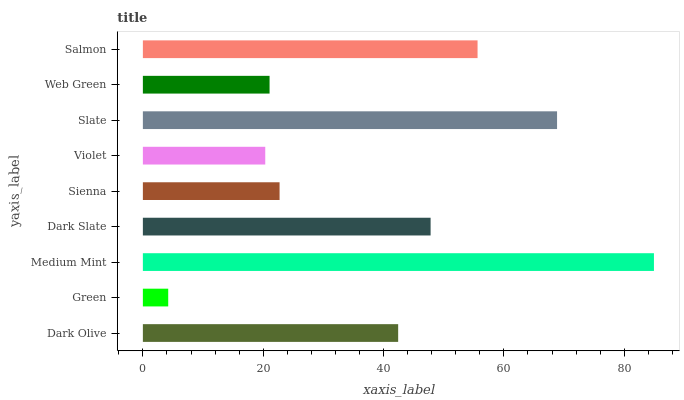
| yaxis_label | bars |
 | --- | --- |
 | Dark Olive | 42.4 |
 | Green | 4.21 |
 | Medium Mint | 84.9 |
 | Dark Slate | 47.8 |
 | Sienna | 22.7 |
 | Violet | 20.3 |
 | Slate | 68.8 |
 | Web Green | 21.1 |
 | Salmon | 55.6 |